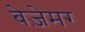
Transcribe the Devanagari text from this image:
बेज़ेमर